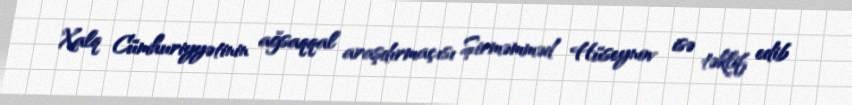
Xalq Cümhuriyyətinin ağsaqqal araşdırmaçısı Şirməmməd Hüseynov isə təklif edib